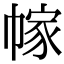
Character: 幏